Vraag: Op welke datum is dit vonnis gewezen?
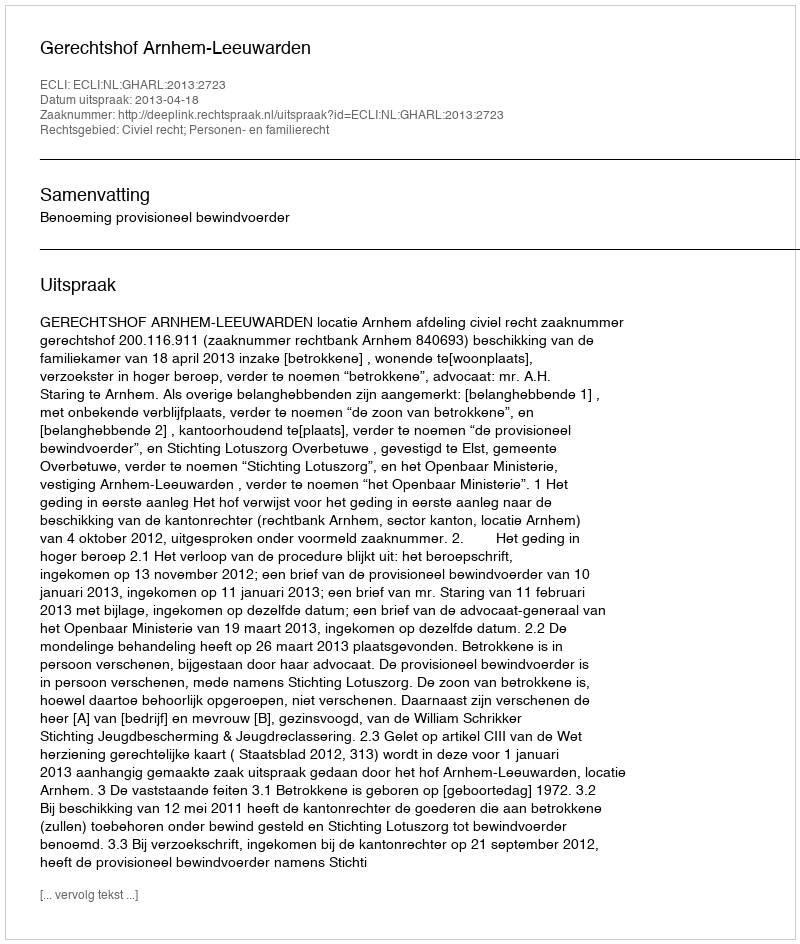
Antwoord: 2013-04-18